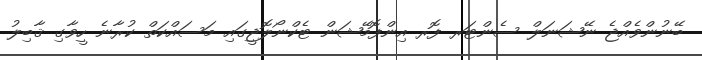
ބޭނުންވެއްޖެ ނޭޝަނަލް ސެންޓަރ ފޮރ އިންފޮމޭޝަން ޓެކްނޯލޮޖީގައި މަސައްކަތް ކުރާނެ ހީވާގި ޤާބިލު